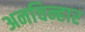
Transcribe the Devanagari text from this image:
अनचिन्हार